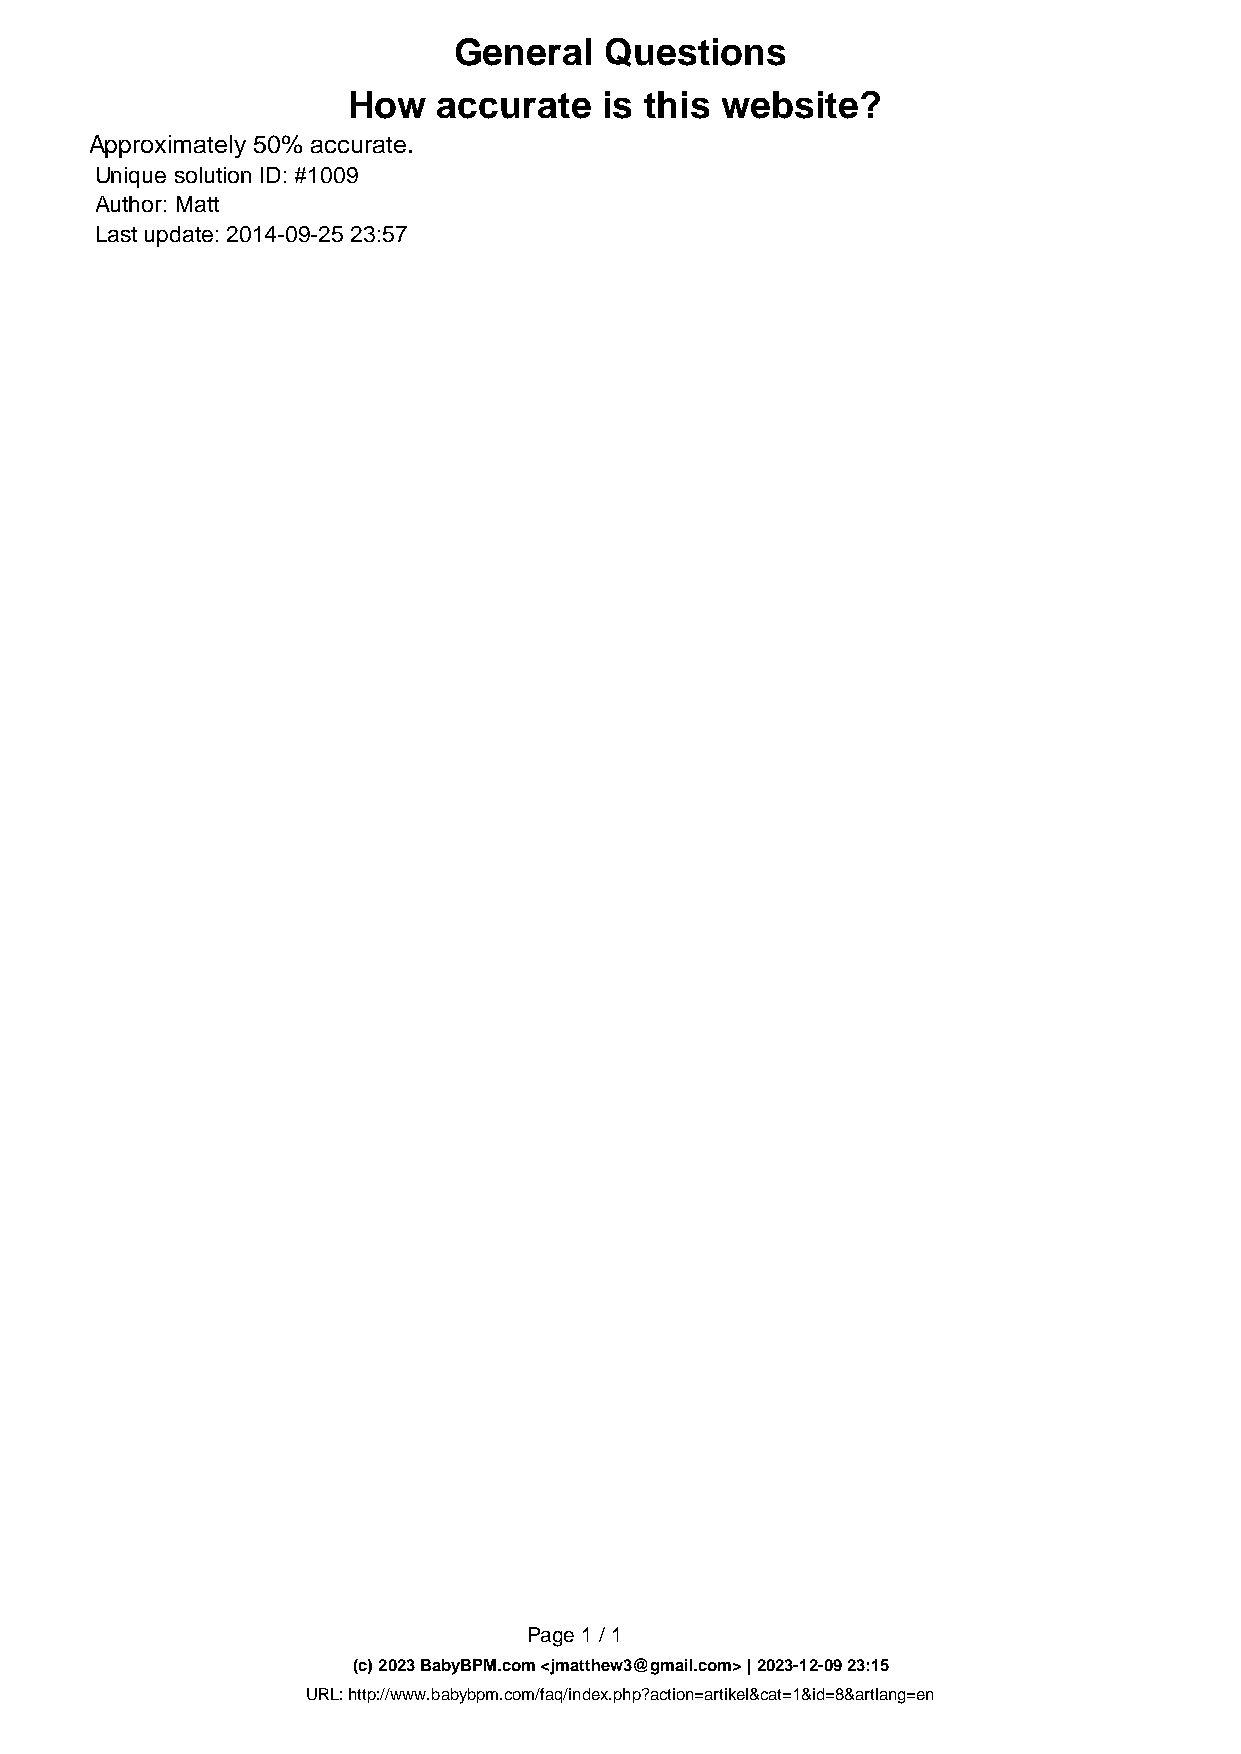
General   Questions
 How   accurate   is this website?
 Approximately 50% accurate.
 Unique solution ID: #1009
 Author: Matt
 Last update: 2014-09-25 23:57
 Page 1 / 1
 (c) 2023 BabyBPM.com <jmatthew3@gmail.com> | 2023-12-09 23:15
 URL: http://www.babybpm.com/faq/index.php?action=artikel&cat=1&id=8&artlang=en
 Powered by TCPDF (www.tcpdf.org)